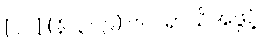
[၀၁] (နိ၊ ၃၀၉) ဗလရာသိအဖွင့်